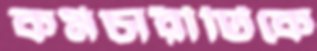
কর্মচারীটিকে